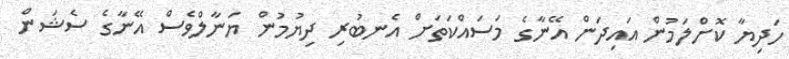
ހަދިޔާ ކޮށްލަމުން އައިދަން އޭނާގެ މަސައްކަތަށް އެނބުރި ދިޔުމުން ޔަނާލްވެސް އޭނާގެ ސެޝަން